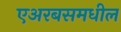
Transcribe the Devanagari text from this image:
एअरबसमधील